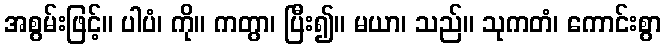
အစွမ်းဖြင့်။ ပါပံ၊ ကို။ ကတွာ၊ ပြီး၍။ မယာ၊ သည်။ သုကတံ၊ ကောင်းစွာ